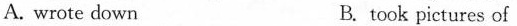
A. wrote down B. took pictures of